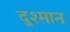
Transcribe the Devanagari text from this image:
दुश्मान